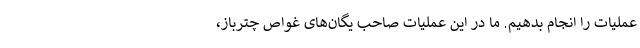
عملیات را انجام بدهیم. ما در این عملیات صاحب یگان‌های غواص چترباز،